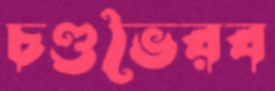
চণ্ডভৈরব